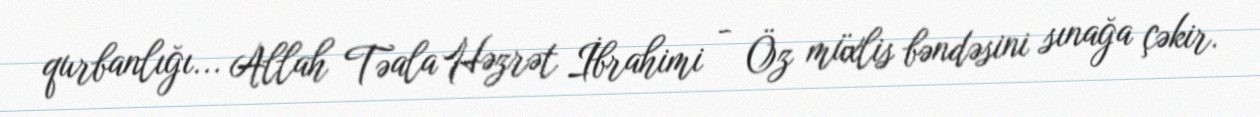
qurbanlığı... Allah Təala Həzrət İbrahimi - Öz müxlis bəndəsini sınağa çəkir.